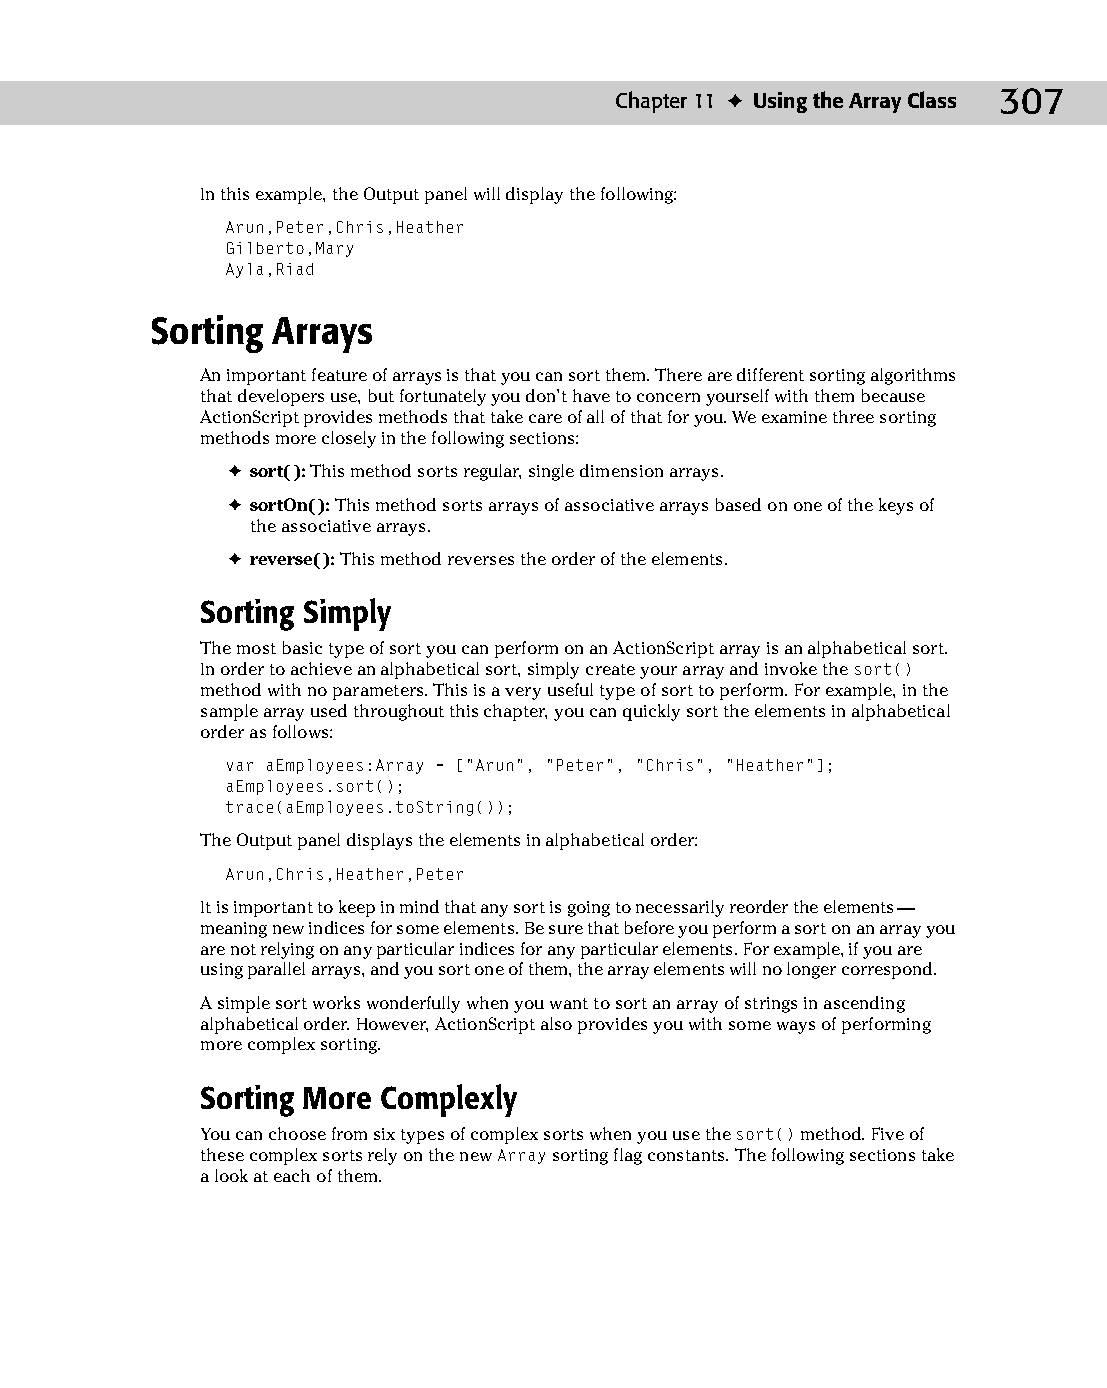
16 543547 ch11.qxd 3/24/04 3:48 PM Page 307
 Chapter 11 ✦ Using the Array Class 307
 In this example, the Output panel will display the following:
 Arun,Peter,Chris,Heather
 Gilberto,Mary
 Ayla,Riad
 Sorting Arrays
 An important feature of arrays is that you can sort them. There are different sorting algorithms
 that developers use, but fortunately you don’t have to concern yourself with them because
 ActionScript provides methods that take care of all of that for you. We examine three sorting
 methods more closely in the following sections:
 ✦ sort( ): This method sorts regular, single dimension arrays.
 ✦ sortOn( ): This method sorts arrays of associative arrays based on one of the keys of
 the associative arrays.
 ✦ reverse( ): This method reverses the order of the elements.
 Sorting Simply
 The most basic type of sort you can perform on an ActionScript array is an alphabetical sort.
 In order to achieve an alphabetical sort, simply create your array and invoke the sort()
 method with no parameters. This is a very useful type of sort to perform. For example, in the
 sample array used throughout this chapter, you can quickly sort the elements in alphabetical
 order as follows:
 var aEmployees:Array = [“Arun”, “Peter”, “Chris”, “Heather”];
 aEmployees.sort();
 trace(aEmployees.toString());
 The Output panel displays the elements in alphabetical order:
 Arun,Chris,Heather,Peter
 It is important to keep in mind that any sort is going to necessarily reorder the elements —
 meaning new indices for some elements. Be sure that before you perform a sort on an array you
 are not relying on any particular indices for any particular elements. For example, if you are
 using parallel arrays, and you sort one of them, the array elements will no longer correspond.
 A simple sort works wonderfully when you want to sort an array of strings in ascending
 alphabetical order. However, ActionScript also provides you with some ways of performing
 more complex sorting.
 Sorting More Complexly
 You can choose from six types of complex sorts when you use the sort() method. Five of
 these complex sorts rely on the new Array sorting flag constants. The following sections take
 a look at each of them.